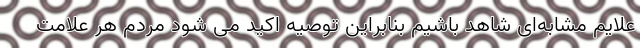
علایم مشابه‌ای شاهد باشیم بنابراین توصیه اکید می شود مردم هر علامت